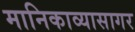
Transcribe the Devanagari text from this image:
मानिकाव्यासागर